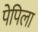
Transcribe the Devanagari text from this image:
पेपिला